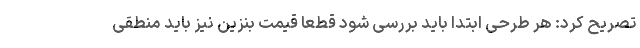
تصریح کرد: هر طرحی ابتدا باید بررسی شود قطعا قیمت بنزین نیز باید منطقی